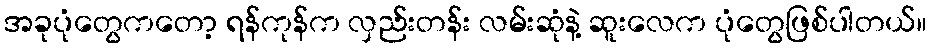
အခုပုံတွေကတော့ ရန်ကုန်က လှည်းတန်း လမ်းဆုံနဲ့ ဆူးလေက ပုံတွေဖြစ်ပါတယ်။